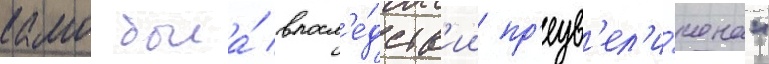
камо была́ впосл'е́дств'ии пр'еув'ел'и́чена"